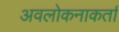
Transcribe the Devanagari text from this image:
अवलोकनाकर्ता